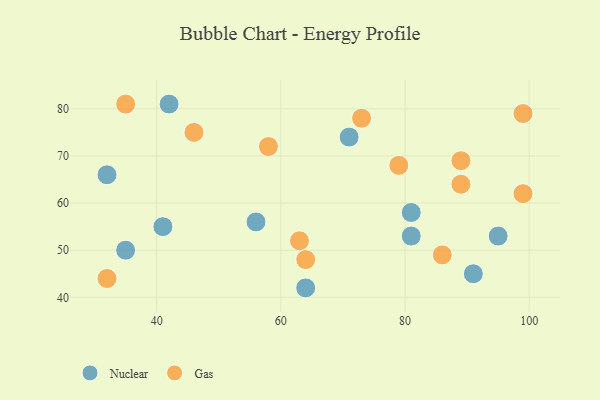
{"axis": {"x": "GDP", "y": "Life Expectancy"}, "legend": ["Gas", "Nuclear"], "data": [{"x": "71", "y": 74, "type": "Nuclear"}, {"x": "64", "y": 42, "type": "Nuclear"}, {"x": "81", "y": 58, "type": "Nuclear"}, {"x": "81", "y": 53, "type": "Nuclear"}, {"x": "56", "y": 56, "type": "Nuclear"}, {"x": "42", "y": 81, "type": "Nuclear"}, {"x": "35", "y": 50, "type": "Nuclear"}, {"x": "41", "y": 55, "type": "Nuclear"}, {"x": "32", "y": 66, "type": "Nuclear"}, {"x": "95", "y": 53, "type": "Nuclear"}, {"x": "91", "y": 45, "type": "Nuclear"}, {"x": "46", "y": 75, "type": "Gas"}, {"x": "99", "y": 79, "type": "Gas"}, {"x": "89", "y": 64, "type": "Gas"}, {"x": "86", "y": 49, "type": "Gas"}, {"x": "58", "y": 72, "type": "Gas"}, {"x": "35", "y": 81, "type": "Gas"}, {"x": "63", "y": 52, "type": "Gas"}, {"x": "79", "y": 68, "type": "Gas"}, {"x": "73", "y": 78, "type": "Gas"}, {"x": "64", "y": 48, "type": "Gas"}, {"x": "89", "y": 69, "type": "Gas"}, {"x": "32", "y": 44, "type": "Gas"}, {"x": "99", "y": 62, "type": "Gas"}]}